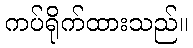
ကပ်ရိုက်ထားသည်။